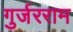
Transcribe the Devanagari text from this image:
गुर्जरराम